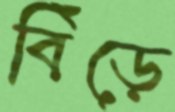
বিঁড়ে